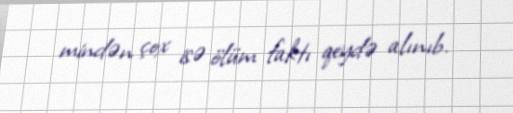
mindən çox isə ölüm faktı qeydə alınıb.